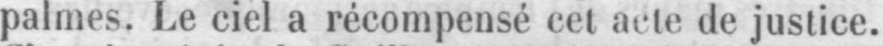
palmes. Le ciel a récompensé cet acte de justice.